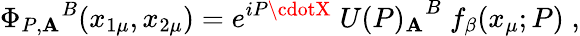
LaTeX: {\Phi_{P,\mathbf{A}}}^{B}(x_{1\mu},x_{2\mu})=e^{iP\cdotX}\; {U(P)_{\mathbf{A}}}^{B}\; f_{\beta}(x_{\mu};P)\; ,